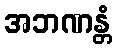
အဘဏန္တံ